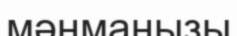
мәнмаңызы